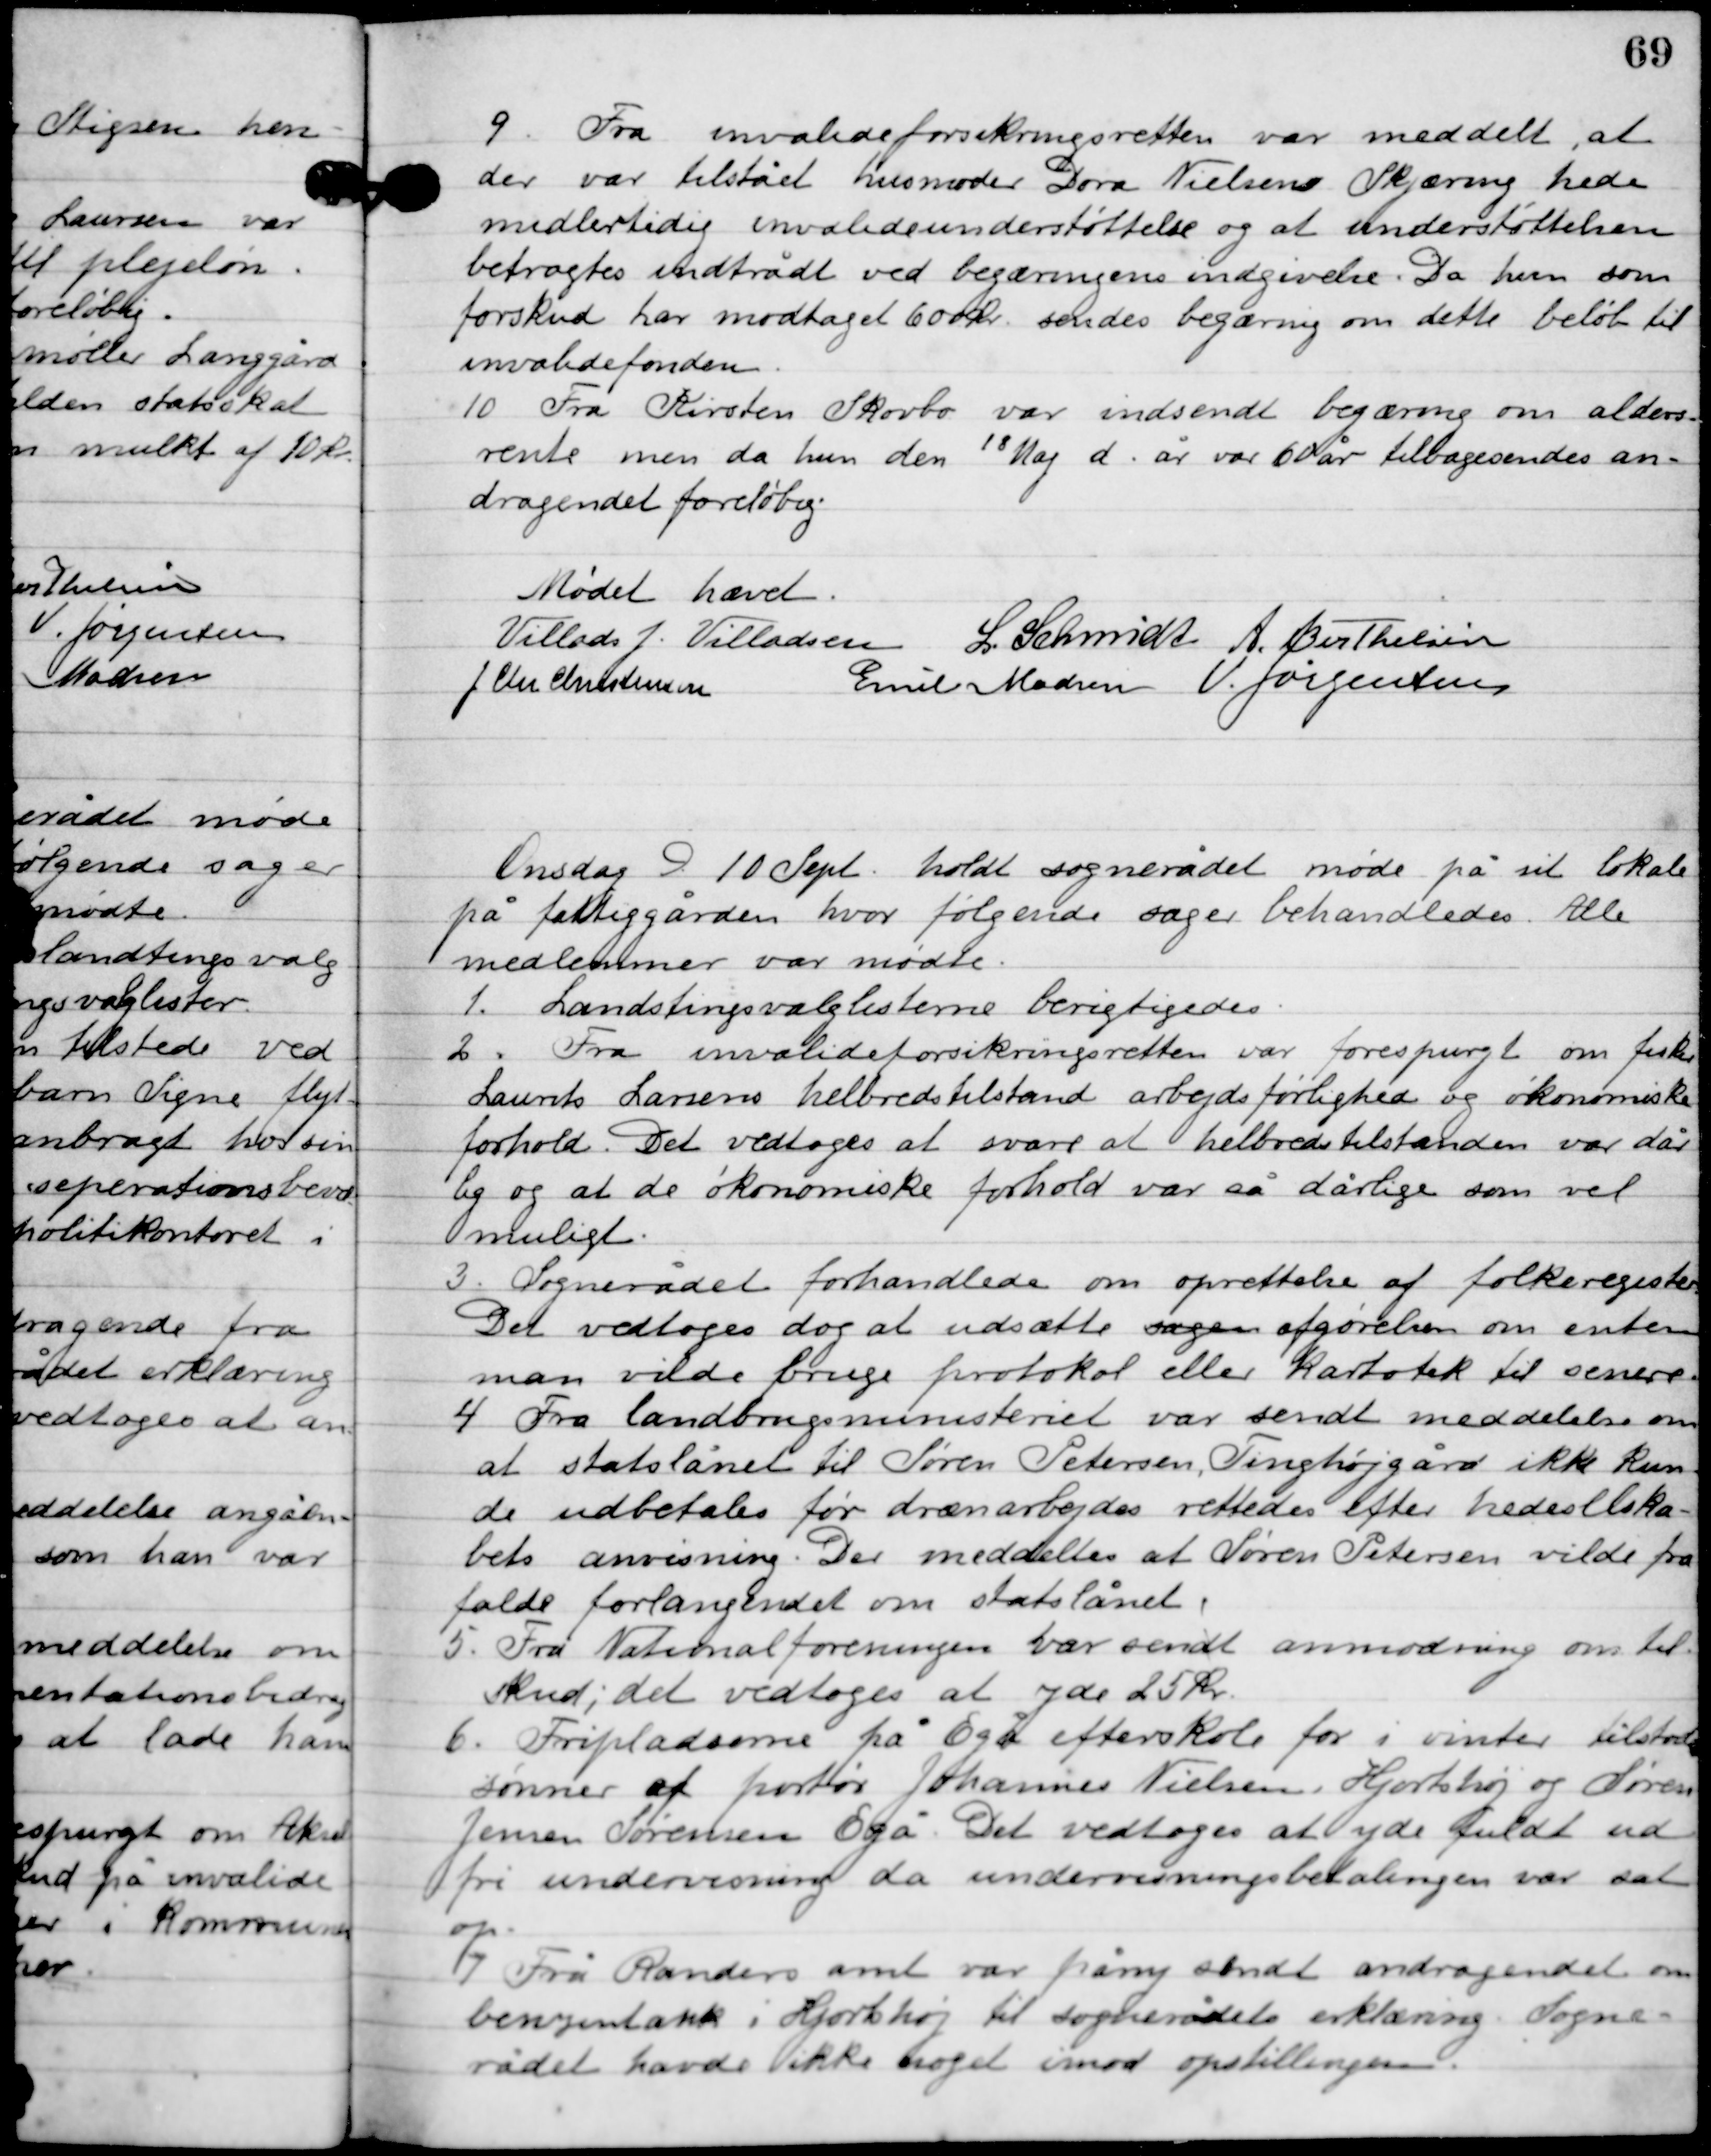
Transskription:
9

Fra invalideforsikringsretten var meddelt at
der var tilstået hu moder Dora Nielsen Skjæring hede
midlertidig invalideunderstøttelse og at understøttelsen
 betragtes indtrådt ved begærings indgivelse. Da hun som
forskud har modtaget 60 kr. sendes begæring om dette beløb til
invalidefonden.

10

Fra Kirsten Skovbo var indsendt begæring om alders-
rente men da hun den 18 Maj d. år var 60 år tilbagesendes an-
dragendet foreløbig.

Mødet hævet

Villads J. Villadsen
l. Schmidt
A. Berthelsen
J. Chr. Christensen
Emil Madsen
V. Jørgensen

Onsdag D. 10. Sept. holdt sognerådet møde på sit lokale
på fattiggården, hvor følgende sager behandledes. Alle
medlemmer var mødte.

1

Landstingsvalglisterne berigtigedes.

2

Fra invalideforsikringsretten var forespurgt om fisker
Laurits Larsens helbredstilstand arbejdsførlighed og økonomiske
forhold. Det vedtoges at svare at helbredstilstanden var dår-
lig og at de økonomiske forhold var så dårlige som vel
muligt.

3

Sognerådet forhandledes om oprettelse af folkeregister.
Det vedtoges dog at udsætte sagen afgørelse om enten
man vilde bruge protokol eller kartotek til senere.

4

Fra landbrugsministeriet var sendt meddelelse om
at statslånet til Søren Petersen. Tinghøjgård ikke kun-
de udbetales før drænarbejdet rettedes efter hedeselska-
bets ansvisning. Det meddeles at Søren Petersen vilde fra-
falde forlangendet om statslånet.

5

Fra Nationalforeningen var sendt anmodning om til-
skud; det vedtoges at yde 25 kr.

6

Fripladserne på Egå efterskole for i vinter tilstodes
sønner af portør Johannes Nielsen, Hjortshøj og Søren
Jensen Sørensen Egå. Det vedtoges at yde fuldt ud
fri undervisning da undervisnings betalingen var sat op.

7

Fra Randers amt var på ny sendt andragendet om
benzintank i Hjortshøj til sognerådets erklæring. Sogne-
rådet havde ikke noget imod opstillingen.